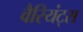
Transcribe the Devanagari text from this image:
वैरियंट्स